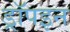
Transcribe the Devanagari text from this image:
ड्रॉपइन